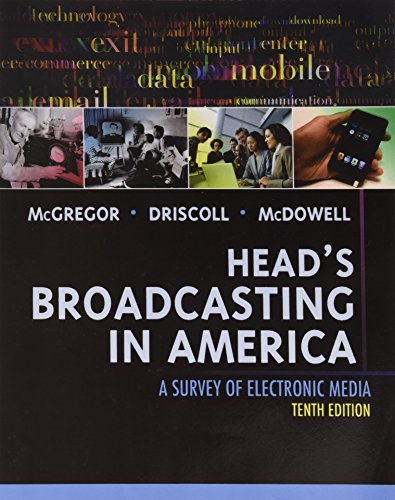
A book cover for Head's Broadcasting in America: A Survey of Electronic Media; Michael A. McGregor; Business & Money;